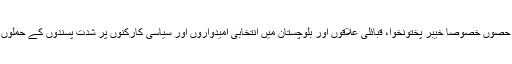
الیکشن سے قبل ہی ملک کے مختلف حصوں خصوصاً خیبر پختونخوا، قبائلی علاقوں اور بلوچستان میں انتخابی امیدواروں اور سیاسی کارکنوں پر شدت پسندوں کے حملوں میں بھی اضافہ دیکھنے میں آیا ہے۔